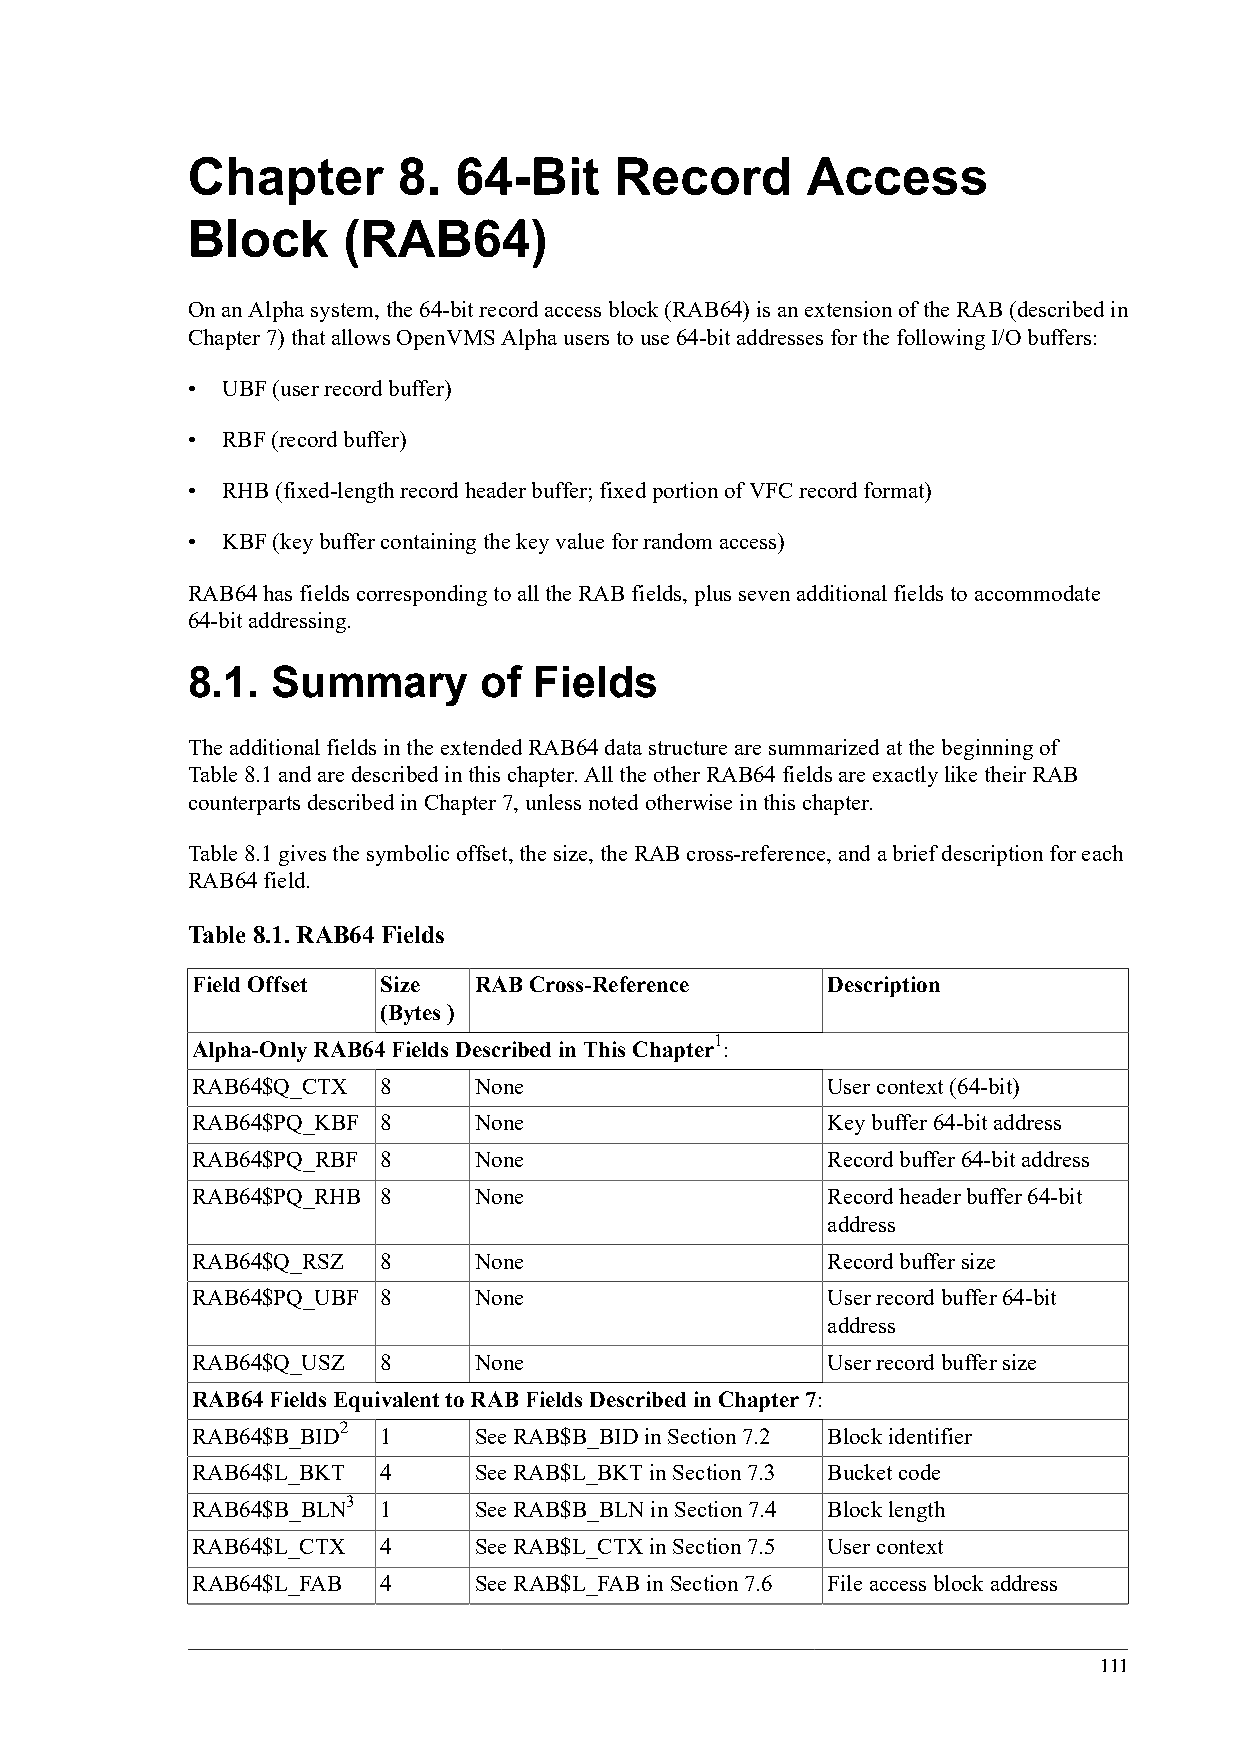
Chapter       8.  64-Bit     Record      Access
 Block      (RAB64)
 On an Alpha system, the 64-bit record access block (RAB64) is an extension of the RAB (described in
 Chapter 7) that allows OpenVMS Alpha users to use 64-bit addresses for the following I/O buffers:
 •  UBF (user record buffer)
 •  RBF (record buffer)
 •  RHB (fixed-length record header buffer; fixed portion of VFC record format)
 •  KBF (key buffer containing the key value for random access)
 RAB64 has fields corresponding to all the RAB fields, plus seven additional fields to accommodate
 64-bit addressing.
 8.1.  Summary       of Fields
 The additional fields in the extended RAB64 data structure are summarized at the beginning of
 Table 8.1 and are described in this chapter. All the other RAB64 fields are exactly like their RAB
 counterparts described in Chapter 7, unless noted otherwise in this chapter.
 Table 8.1 gives the symbolic offset, the size, the RAB cross-reference, and a brief description for each
 RAB64 field.
 Table 8.1. RAB64 Fields
 Field Offset Size RAB Cross-Reference     Description
 (Bytes )
 1
 Alpha-Only RAB64 Fields Described in This Chapter :
 RAB64$Q_CTX 8     None                    User context (64-bit)
 RAB64$PQ_KBF 8    None                    Key buffer 64-bit address
 RAB64$PQ_RBF 8    None                    Record buffer 64-bit address
 RAB64$PQ_RHB 8    None                    Record header buffer 64-bit
 address
 RAB64$Q_RSZ 8     None                    Record buffer size
 RAB64$PQ_UBF 8    None                    User record buffer 64-bit
 address
 RAB64$Q_USZ 8     None                    User record buffer size
 RAB64 Fields Equivalent to RAB Fields Described in Chapter 7:
 2
 RAB64$B_BID 1     See RAB$B_BID in Section 7.2 Block identifier
 RAB64$L_BKT 4     See RAB$L_BKT in Section 7.3 Bucket code
 3
 RAB64$B_BLN 1     See RAB$B_BLN in Section 7.4 Block length
 RAB64$L_CTX 4     See RAB$L_CTX in Section 7.5 User context
 RAB64$L_FAB 4     See RAB$L_FAB in Section 7.6 File access block address
 111